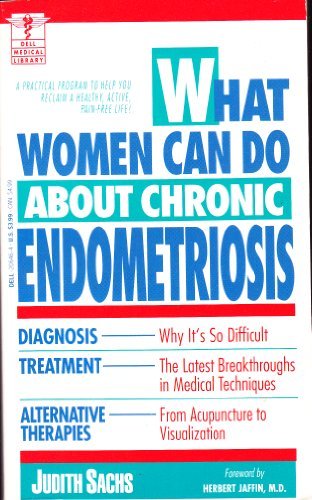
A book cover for What Women can do about Chronic Endometrias (The Dell Medical Library); Judith Sachs; Health, Fitness & Dieting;